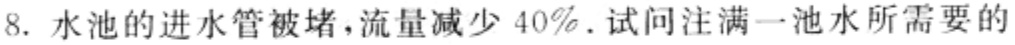
8. 水池的进水管被堵，流量减少 40%. 试问注满一池水所需要的